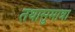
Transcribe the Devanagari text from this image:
तथासुमात्रा